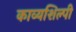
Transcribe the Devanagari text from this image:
काव्यशिल्पी